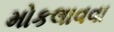
મોકલાવવા